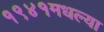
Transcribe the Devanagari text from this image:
१९४१मधल्या